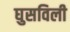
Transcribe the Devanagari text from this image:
घुसविली